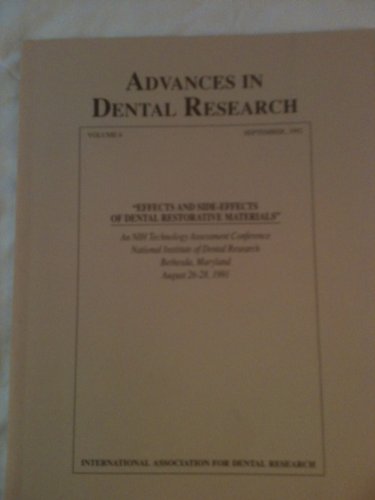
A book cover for Advances in Dental Research Volume 6, Sept.,1992 (Effects and Side-Effects of Dental Restorative Materials, 6); Medical Books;